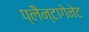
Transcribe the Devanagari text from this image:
प्लैन्टागेनेट